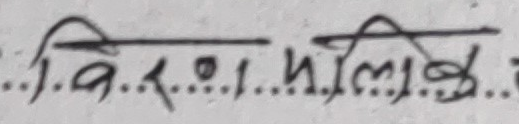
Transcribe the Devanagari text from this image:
विरण झलिङ्ग